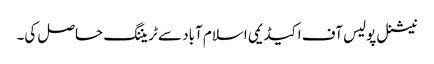
نیشنل پولیس آف اکیڈیمی اسلام آباد سے ٹریننگ حاصل کی۔